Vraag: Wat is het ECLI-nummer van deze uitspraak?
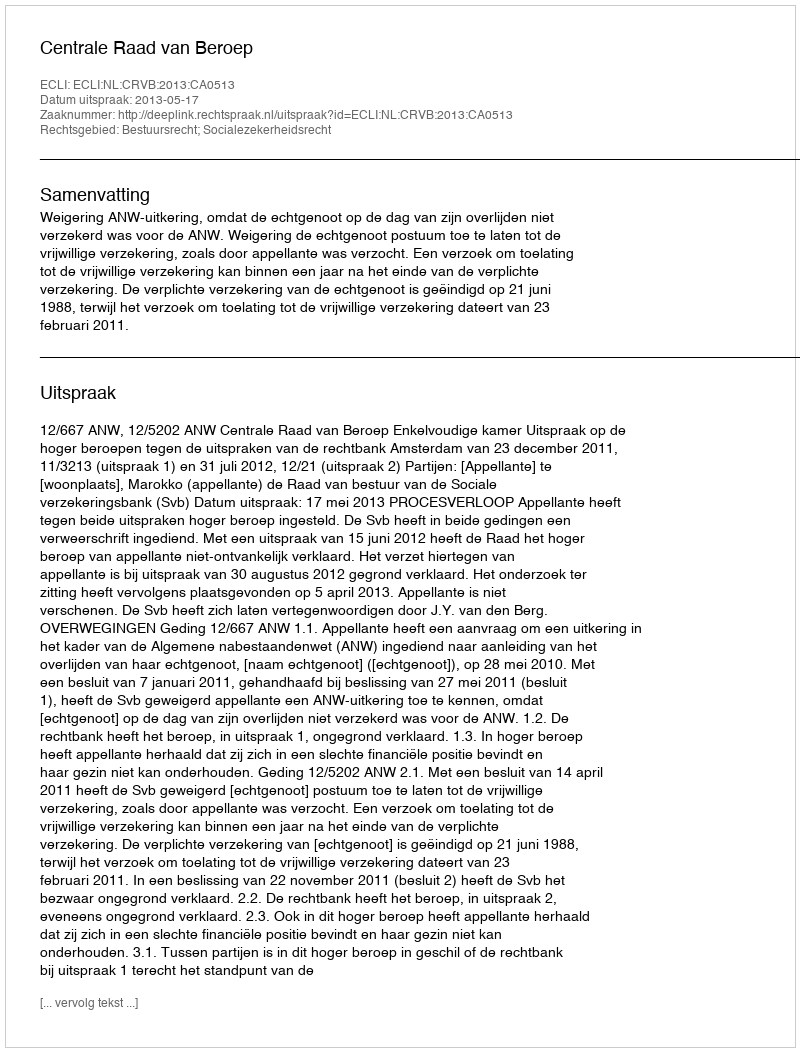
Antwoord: ECLI:NL:CRVB:2013:CA0513